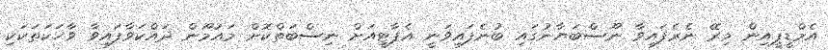
އެމްޑީޕީއިން މިރޭ ނެރެފައިވާ ނޫސްބަޔާނުގައި ބުނެފައިވަނީ އެޕާޓީއަށް ނިސްބަތްކޮށް މައުމޫން ދައްކަވާފައިވާ ވާހަކަތަކަކި